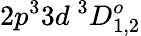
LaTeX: {2p^{3}3d~^{3}D_{1,2}^{o}}